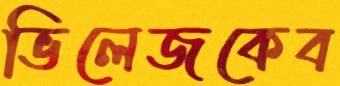
ভিলেজকেব